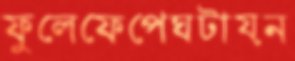
ফুলেফেপেঘটায়ন